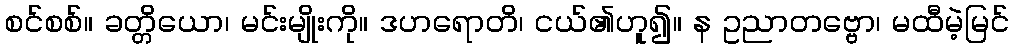
စင်စစ်။ ခတ္တိယော၊ မင်းမျိုးကို။ ဒဟရောတိ၊ ငယ်၏ဟူ၍။ န ဥညာတဗ္ဗော၊ မထီမဲ့မြင်